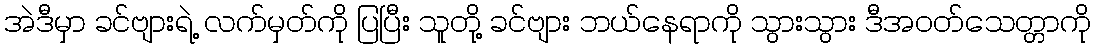
အဲဒီမှာ ခင်ဗျားရဲ့ လက်မှတ်ကို ပြပြီး သူတို့ ခင်ဗျား ဘယ်နေရာကို သွားသွား ဒီအဝတ်သေတ္တာကို